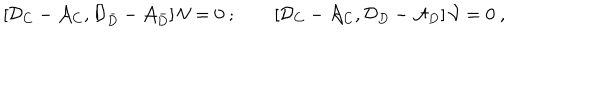
LaTeX: \left[ { \cal D } _ { C } - { \cal A } _ { C } , { \cal D } _ { \bar { D } } - { \cal A } _ { \bar { D } } \right] { \cal V } = 0 \ ; \qquad \left[ { \cal D } _ { C } - { \cal A } _ { C } , { \cal D } _ { D } - { \cal A } _ { D } \right] { \cal V } = 0 \ ,